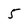
Character: 5